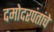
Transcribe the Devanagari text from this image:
दमोदरपंतांचे